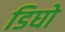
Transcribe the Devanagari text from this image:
डिघो